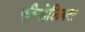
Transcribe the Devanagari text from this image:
फीऩोलिक्स